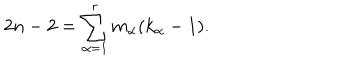
2 n - 2 = \sum _ { \alpha = 1 } ^ { r } m _ { \alpha } ( k _ { \alpha } - 1 ) .